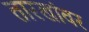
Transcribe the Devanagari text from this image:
तारखांवर